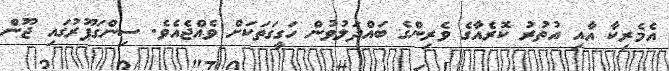
އެމެރިކާ އާއި އުތުރު ކޮރެއާގެ ވެރިންގެ ބައްދަލުވުން ހަގީގަތަކަށް ވެއްޖެއެވެ. ސިންގަޕޫރުގައި ޖޫން